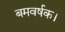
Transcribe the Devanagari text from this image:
बमवर्षक।